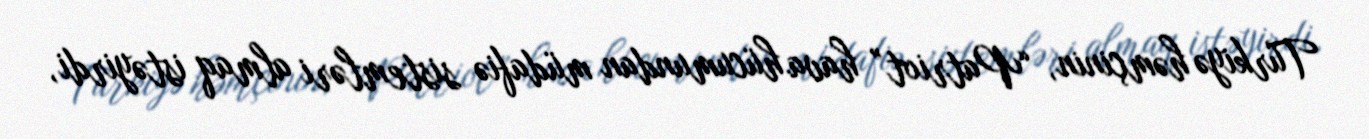
Türkiyə həmçinin, “Patriot” hava hücumundan müdafiə sistemləri almaq istəyirdi,